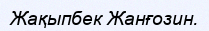
Жақыпбек Жанғозин.